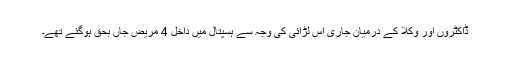
ڈاکٹروں اور وکلا کے درمیان جاری اس لڑائی کی وجہ سے ہسپتال میں داخل 4 مریض جاں بحق ہوگئے تھے۔